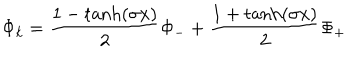
\Phi _ { k } = { \frac { 1 - \tanh ( \sigma x ) } { 2 } } \Phi _ { - } + { \frac { 1 + \tanh ( \sigma x ) } { 2 } } \Phi _ { + }